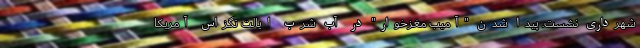
شهرداری نشست. پیدا شدن "آمیب مغزخوار" در آب شُرب ایالت تگزاس آمریکا